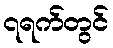
၇ရက်တွင်